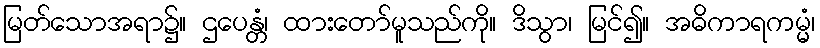
မြတ်သောအရာ၌။ ဌပေန္တံ၊ ထားတော်မူသည်ကို။ ဒိသွာ၊ မြင်၍။ အဓိကာရကမ္မံ၊